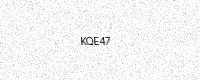
Text: KQE47